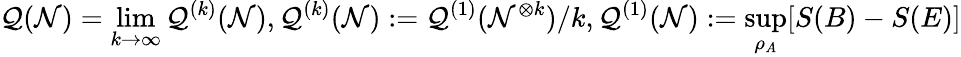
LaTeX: \mathcal{Q}(\mathcal{N})=\operatorname*{lim}_{k\to\infty}\mathcal{Q}^{(k)}(\mathcal{N}),\mathcal{Q}^{(k)}(\mathcal{N}):=\mathcal{Q}^{(1)}(\mathcal{N}^{\otimes k})/k,\mathcal{Q}^{(1)}(\mathcal{N}):=\operatorname*{sup}_{\rho_{A}}[S(B)-S(E)]